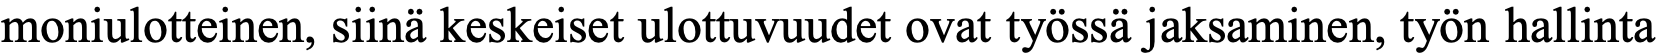
moniulotteinen, siinä keskeiset ulottuvuudet ovat työssä jaksaminen, työn hallinta